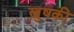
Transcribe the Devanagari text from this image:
ख़ुषकी